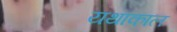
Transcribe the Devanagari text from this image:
यथाकाल